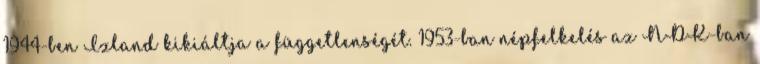
1944-ben Izland kikiáltja a függetlenségét. 1953-ban népfelkelés az NDK-ban